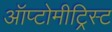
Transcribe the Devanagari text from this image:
ऑप्टोमीट्रिस्ट